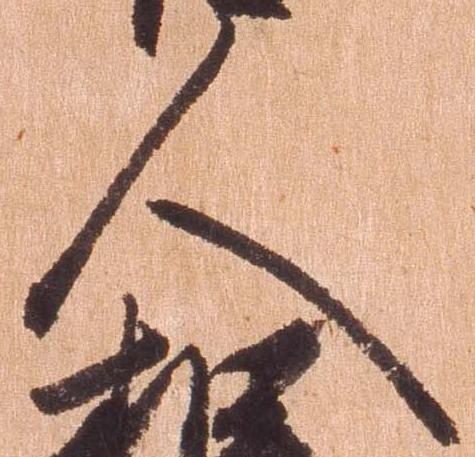
人